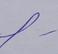
Signature authenticity: genuine